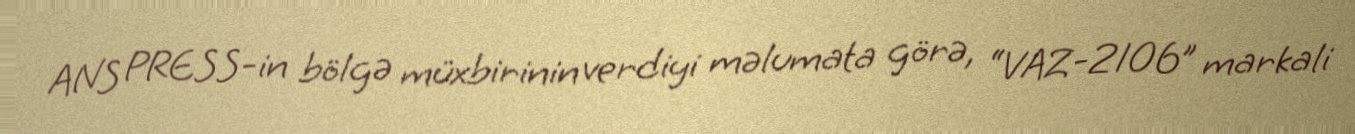
ANS PRESS-in bölgə müxbirinin verdiyi məlumata görə, “VAZ-2106” markali